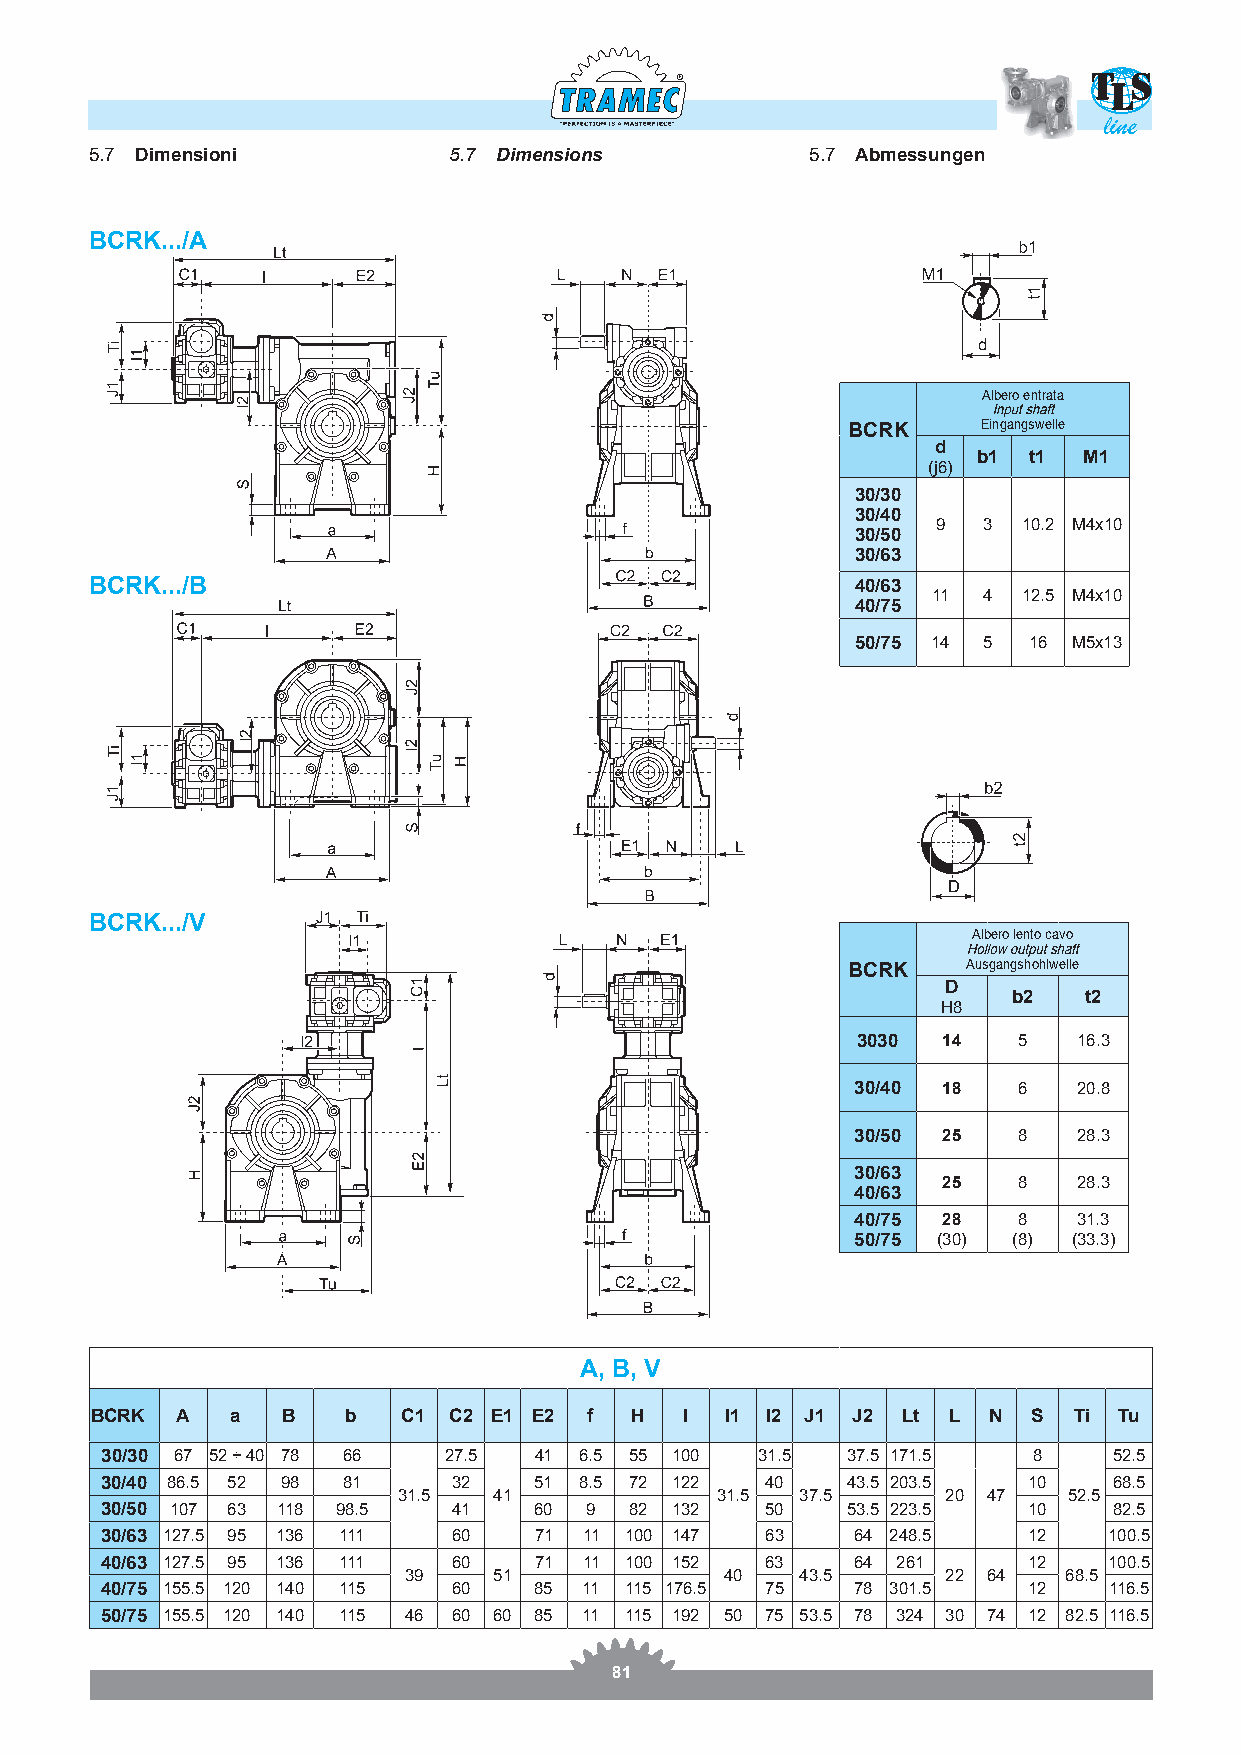
R
 line
 5.7 Dimensioni          5.7 Dimensions          5.7 Abmessungen
 BCRK.../A
 Albero entrata
 BCRK     Eingangswelle
 d
 b1 t1  M1
 (j6)
 30/30
 30/40
 9  3  10.2 M4x10
 30/50
 30/63
 BCRK.../B                                          40/63
 11 4  12.5 M4x10
 40/75
 50/75 14 5 16 M5x13
 BCRK.../V
 Albero lento cavo
 BCRK    Ausgangshohlwelle
 D
 b2   t2
 H8
 3030 14   5   16.3
 30/40 18  6   20.8
 30/50 25  8   28.3
 30/63
 25   8   28.3
 40/63
 40/75 28  8   31.3
 50/75 (30) (8) (33.3)
 A, B, V
 BCRK  A  a   B   b   C1 C2 E1 E2 f  H  I  I1 I2 J1 J2 Lt L N  S  Ti Tu
 30/30 67 52 ÷ 40 78 66 27.5 41 6.5 55 100  31.5  37.5 171.5  8     52.5
 30/40 86.5 52 98 81    32   51 8.5 72 122   40   43.5 203.5  10    68.5
 31.5   41            31.5  37.5      20 47   52.5
 30/50 107 63 118 98.5  41   60  9  82 132   50   53.5 223.5  10    82.5
 30/63 127.5 95 136 111 60   71  11 100 147  63   64 248.5    12   100.5
 40/63 127.5 95 136 111 60   71  11 100 152  63   64 261      12   100.5
 39    51             40   43.5      22 64  68.5
 40/75 155.5 120 140 115 60  85  11 115 176.5 75  78 301.5    12   116.5
 50/75 155.5 120 140 115 46 60 60 85 11 115 192 50 75 53.5 78 324 30 74 12 82.5 116.5
 81